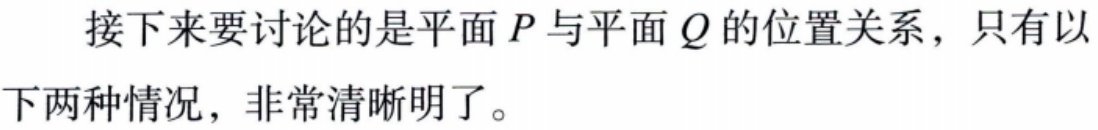
接下来要讨论的是平面 \(P\) 与平面 \(Q\) 的位置关系，只有以下两种情况，非常清晰明了。